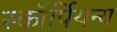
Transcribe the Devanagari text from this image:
स्कॉर्पियन्य